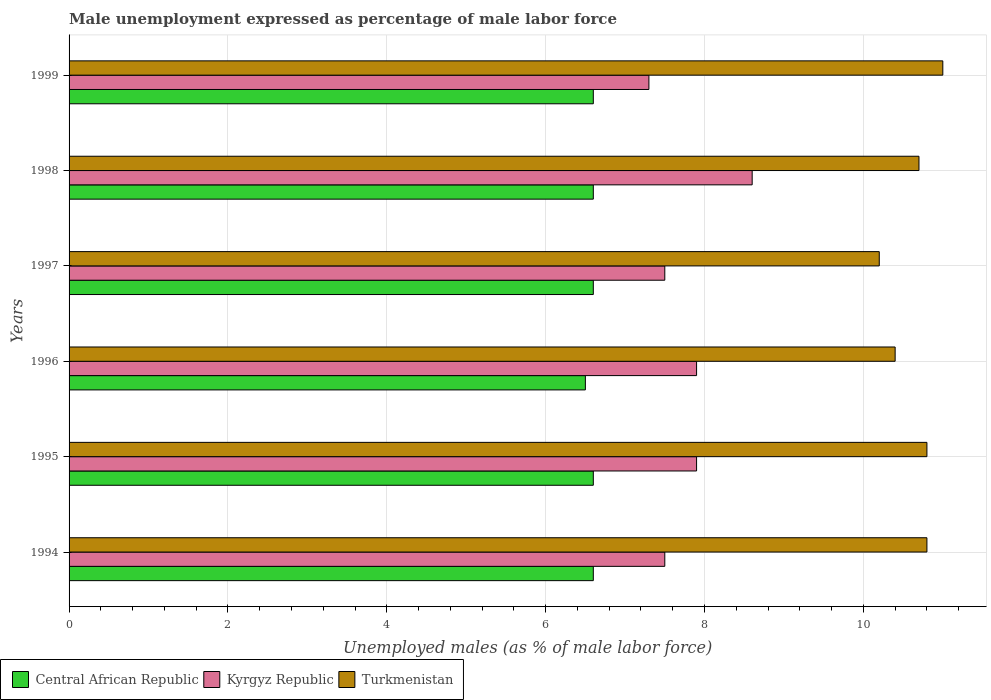
| Years | Central African Republic | Kyrgyz Republic | Turkmenistan |
 | --- | --- | --- | --- |
 | 1994 | 6.6 | 7.5 | 10.8 |
 | 1995 | 6.6 | 7.9 | 10.8 |
 | 1996 | 6.5 | 7.9 | 10.4 |
 | 1997 | 6.6 | 7.5 | 10.2 |
 | 1998 | 6.6 | 8.6 | 10.7 |
 | 1999 | 6.6 | 7.3 | 11 |